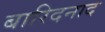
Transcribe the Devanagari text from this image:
बारिदनाद